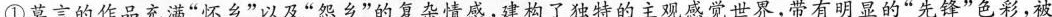
①莫言的作品充满”怀乡”以及”怨乡”的复杂情感，建构了独特的主观感觉世界，带有明显的”先锋”色彩，被